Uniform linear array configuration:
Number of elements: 12
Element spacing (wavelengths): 1
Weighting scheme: kaiser
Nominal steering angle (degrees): -60
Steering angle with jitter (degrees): -60.948
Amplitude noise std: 0.05
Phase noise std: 0.05

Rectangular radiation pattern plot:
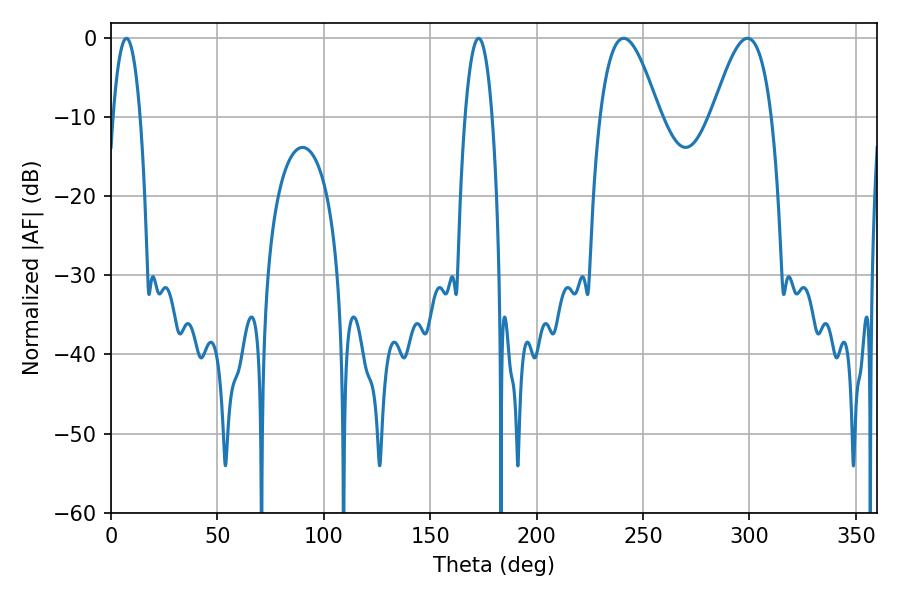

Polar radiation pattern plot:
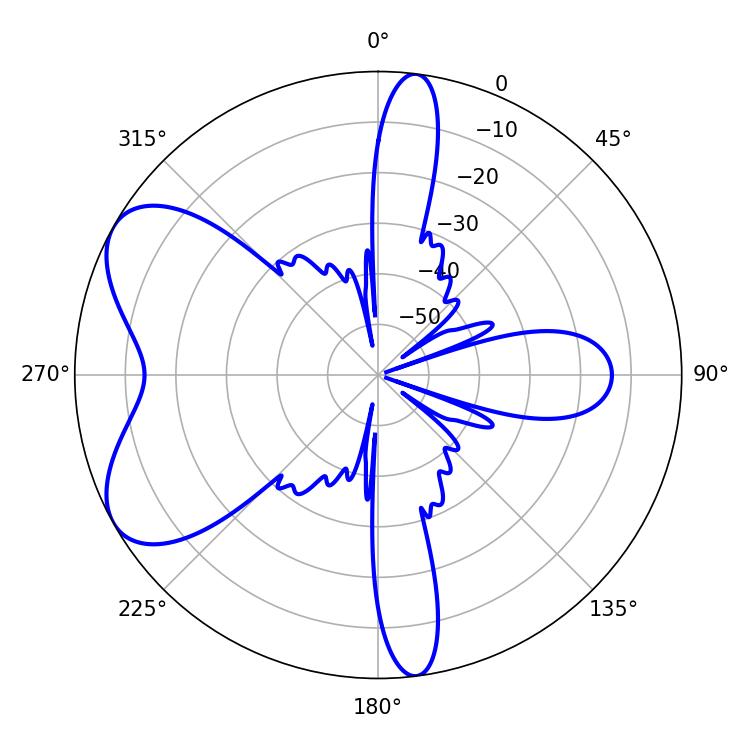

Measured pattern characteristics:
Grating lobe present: TRUE
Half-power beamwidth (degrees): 14.94
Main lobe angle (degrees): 299.16